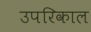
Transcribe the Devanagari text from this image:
उपरिकाल